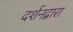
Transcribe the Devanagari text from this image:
दर्शनद्वारा